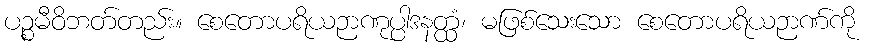
ပဉ္စမီဝိဘတ်တည်း။ စေတောပရိယဉာဏုပ္ပါဒနတ္ထံ၊ မဖြစ်သေးသော စေတောပရိယဉာဏ်ကို